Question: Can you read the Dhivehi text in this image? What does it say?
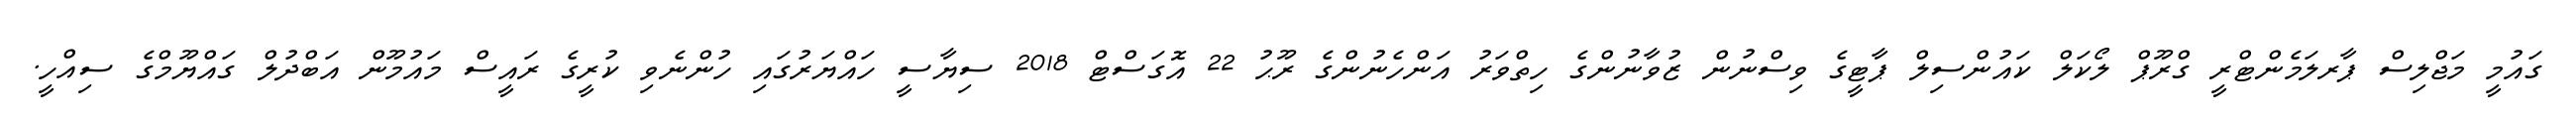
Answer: ގައުމީ މަޖްލިސް ޕާރލަމެންޓްރީ ގްރޫޕް ލޯކަލް ކައުންސިލް ޕާޓީގެ ވިސްނުން ޒުވާނުންގެ ހިތްވަރު އަންހެނުންގެ ރޫޙު 22 އޮގަސްޓް 2018 ސިޔާސީ ހައްޔަރުގައި ހުންނެވި ކުރީގެ ރައީސް މައުމޫން އަބްދުލް ގައްޔޫމްގެ ސިއްހީ.